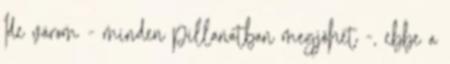
Ide várom - minden pillanatban megjöhet -, ebbe a